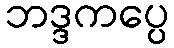
ဘဒ္ဒကပ္ပေ